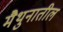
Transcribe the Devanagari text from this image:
मैथुनातील